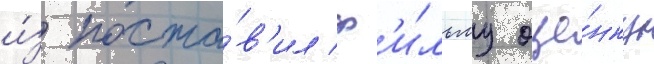
и́з поста́в'ил ф'и́льму оце́нку